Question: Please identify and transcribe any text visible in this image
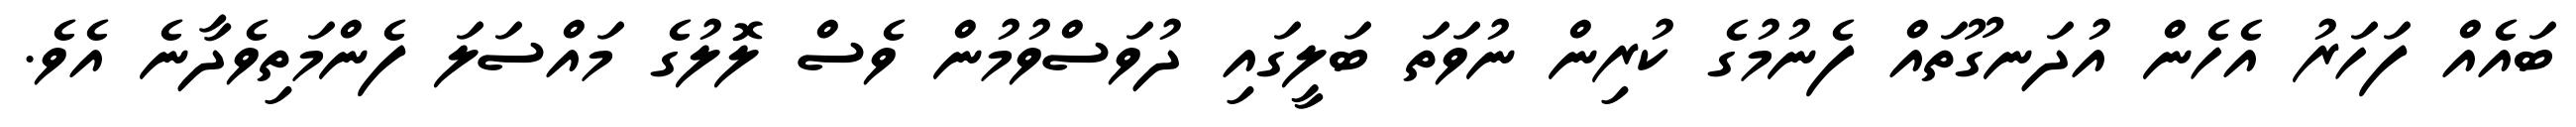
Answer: ބައެއް ފަހަރު އެހެން އުދަނގޫތައް ފެނުމުގެ ކުރިން ނުވަތަ ބަލީގައި ދުވަސްވުމުން ވެސް ލޮލުގެ މައްސަލަ ފެންމަތިވެދާނެ އެވެ.